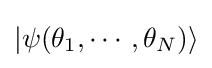
|\psi (\theta _{1},\cdots ,\theta _{N})\rangle